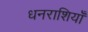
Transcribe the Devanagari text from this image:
धनराशियाँ